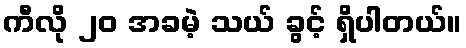
ကီလို ၂၀ အခမဲ့ သယ် ခွင့် ရှိပါတယ်။